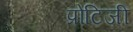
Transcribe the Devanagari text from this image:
प्रोटिजी